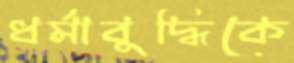
ধর্মাবুদ্ধিকে